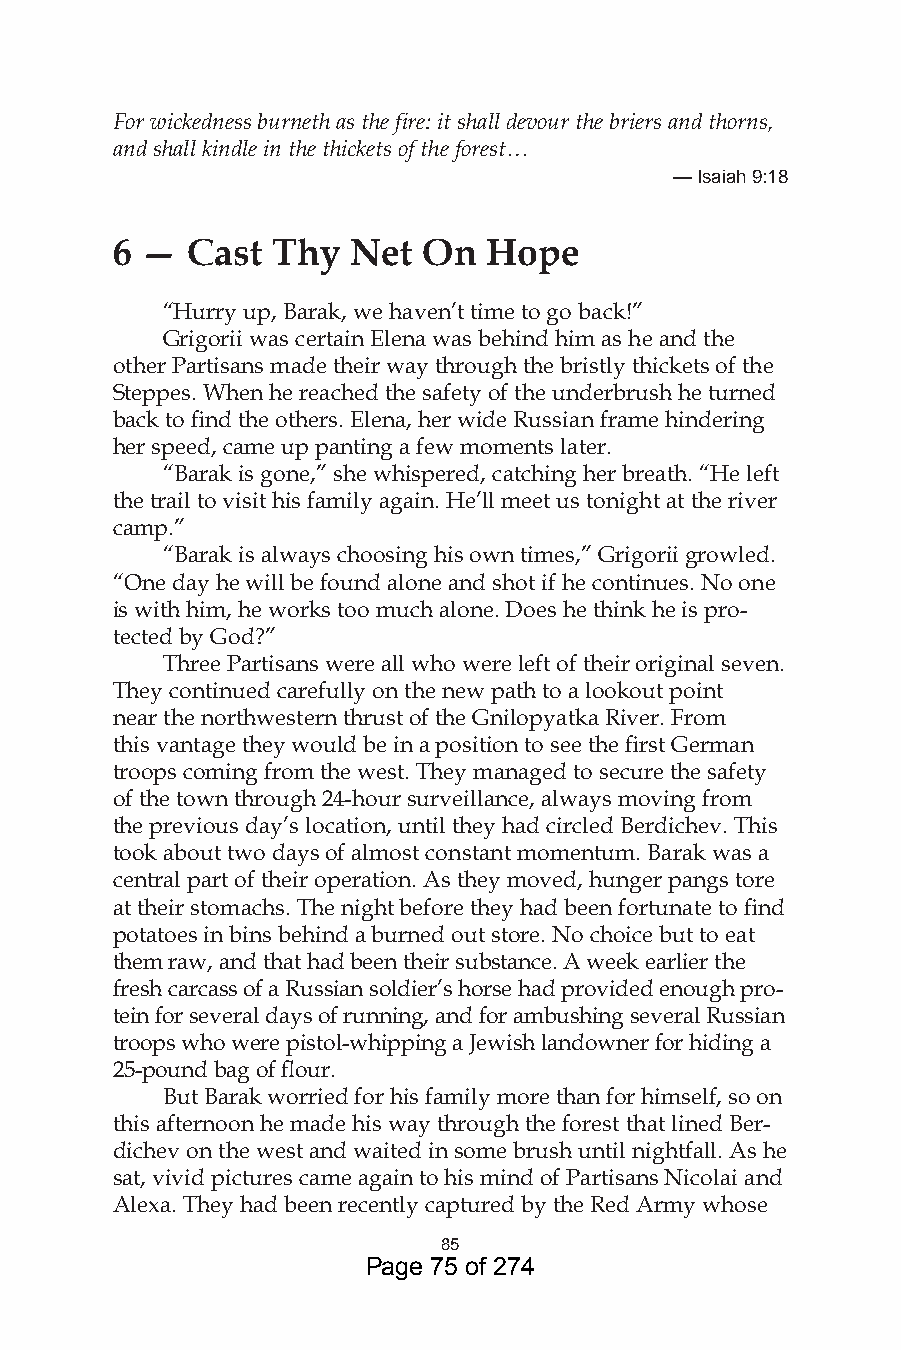
For wickedness burneth as the fire: it shall devour the briers and thorns,
 and shall kindle in the thickets of the forest…
 — Isaiah 9:8
 6 —  Cast  Thy  Net  On  Hope
 “Hurry up, Barak, we haven’t time to go back!”
 Grigorii was certain Elena was behind him as he and the
 other Partisans made their way through the bristly thickets of the
 Steppes. When he reached the safety of the underbrush he turned
 back to find the others. Elena, her wide Russian frame hindering
 her speed, came up panting a few moments later.
 “Barak is gone,” she whispered, catching her breath. “He left
 the trail to visit his family again. He’ll meet us tonight at the river
 camp.”
 “Barak is always choosing his own times,” Grigorii growled.
 “One day he will be found alone and shot if he continues. No one
 is with him, he works too much alone. Does he think he is pro-
 tected by God?”
 Three Partisans were all who were left of their original seven.
 They continued carefully on the new path to a lookout point
 near the northwestern thrust of the Gnilopyatka River. From
 this vantage they would be in a position to see the first German
 troops coming from the west. They managed to secure the safety
 of the town through 24-hour surveillance, always moving from
 the previous day’s location, until they had circled Berdichev. This
 took about two days of almost constant momentum. Barak was a
 central part of their operation. As they moved, hunger pangs tore
 at their stomachs. The night before they had been fortunate to find
 potatoes in bins behind a burned out store. No choice but to eat
 them raw, and that had been their substance. A week earlier the
 fresh carcass of a Russian soldier’s horse had provided enough pro-
 tein for several days of running, and for ambushing several Russian
 troops who were pistol-whipping a Jewish landowner for hiding a
 25-pound bag of flour.
 But Barak worried for his family more than for himself, so on
 this afternoon he made his way through the forest that lined Ber-
 dichev on the west and waited in some brush until nightfall. As he
 sat, vivid pictures came again to his mind of Partisans Nicolai and
 Alexa. They had been recently captured by the Red Army whose
 85
 Page 75 of 274